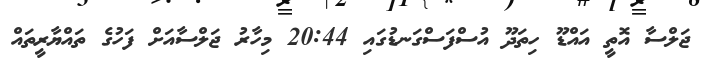
ޖަލްސާ އޮތީ އައްޑޫ ހިތަދޫ އުސްފަސްގަނޑުގައި 20:44 މިހާރު ޖަލްސާއަށް ފަހުގެ ތައްޔާރީތައް